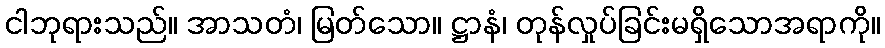
ငါဘုရားသည်။ အာသတံ၊ မြတ်သော။ ဋ္ဌာနံ၊ တုန်လှုပ်ခြင်းမရှိသောအရာကို။